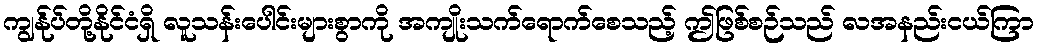
ကျွန်ုပ်တို့နိုင်ငံရှိ လူသန်းပေါင်းများစွာကို အကျိုးသက်ရောက်စေသည့် ဤဖြစ်စဉ်သည် လအနည်းငယ်ကြာ